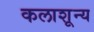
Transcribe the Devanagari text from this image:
कलाशून्य